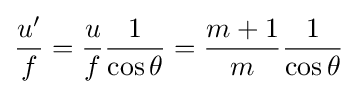
{\frac {u'}{f}}={\frac {u}{f}}{\frac {1}{\cos \theta }}={\frac {m+1}{m}}{\frac {1}{\cos \theta }}